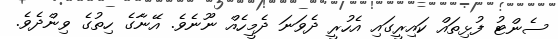
ސެންޓު ފުޅިތައް ކައިރީގައި އެހުރީ ދެވަނަ ދެމީހެއް ނޫނެވެ. އޭނާގެ ހިތުގެ ވިންދެވެ.